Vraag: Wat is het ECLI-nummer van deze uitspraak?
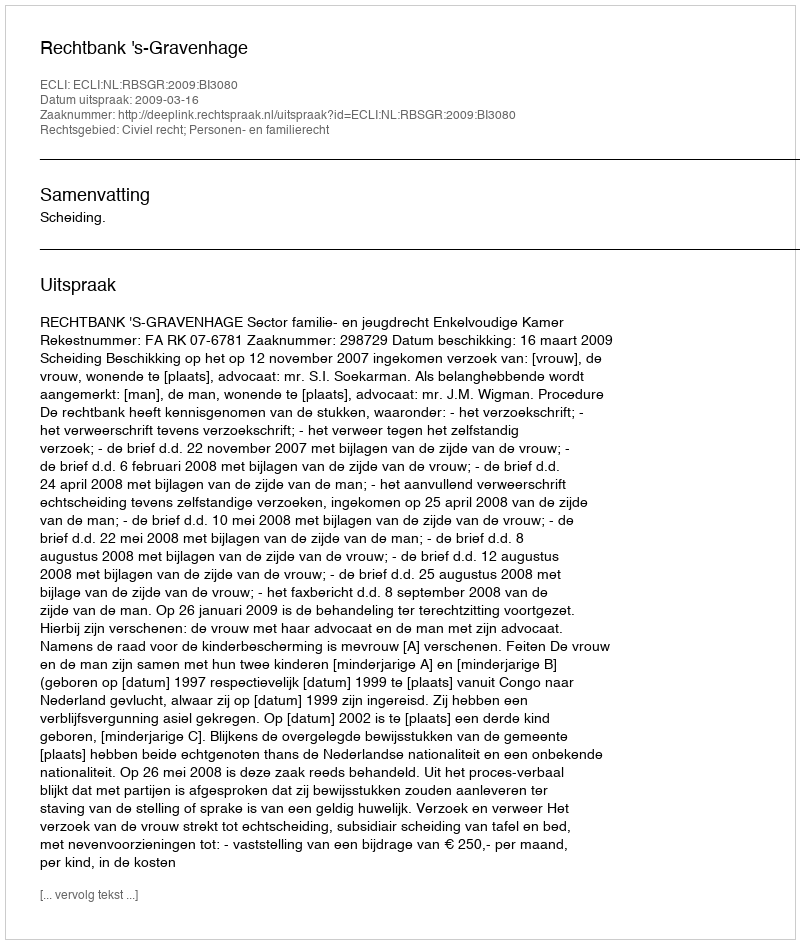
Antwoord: ECLI:NL:RBSGR:2009:BI3080